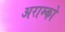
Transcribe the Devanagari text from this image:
अराम्को